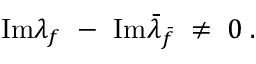
\mathrm { I m } \lambda _ { f } ~ - ~ \mathrm { I m } \bar { \lambda } _ { \bar { f } } \; \neq \; 0 \; .